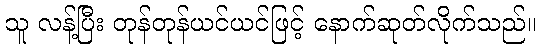
သူ လန့်ပြီး တုန်တုန်ယင်ယင်ဖြင့် နောက်ဆုတ်လိုက်သည်။